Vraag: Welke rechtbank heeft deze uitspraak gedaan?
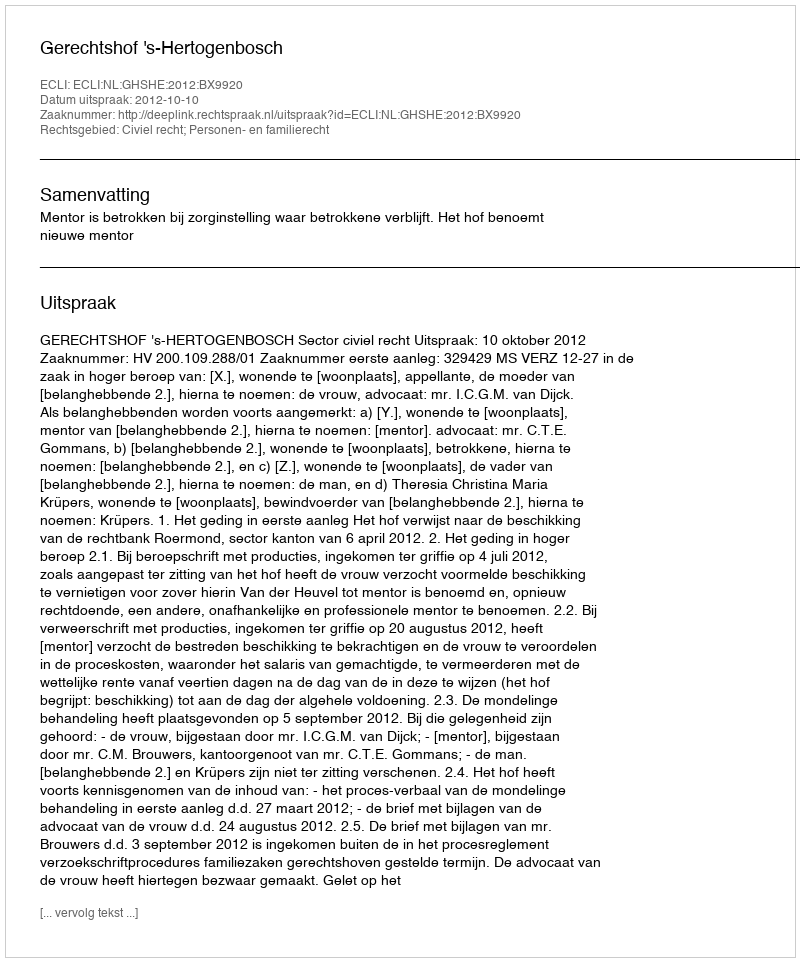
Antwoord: Gerechtshof 's-Hertogenbosch